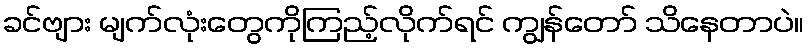
ခင်ဗျား မျက်လုံးတွေကိုကြည့်လိုက်ရင် ကျွန်တော် သိနေတာပဲ။